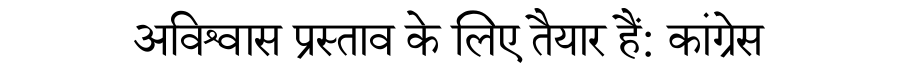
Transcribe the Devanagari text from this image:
अविश्वास प्रस्ताव के लिए तैयार हैं: कांग्रेस